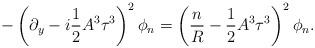
LaTeX: \begin{align*}-\left(\partial_{y} - i \frac{1}{2} A^{3} \tau^{3} \right)^{2} \phi_{n} = \left( \frac{n}{R} - \frac{1}{2} A^{3} \tau^{3} \right)^{2} \phi_{n}.\end{align*}